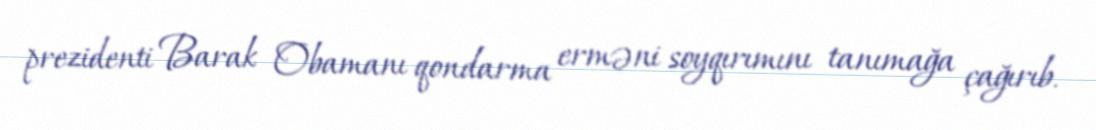
prezidenti Barak Obamanı qondarma erməni soyqırımını tanımağa çağırıb.